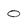
Character: O